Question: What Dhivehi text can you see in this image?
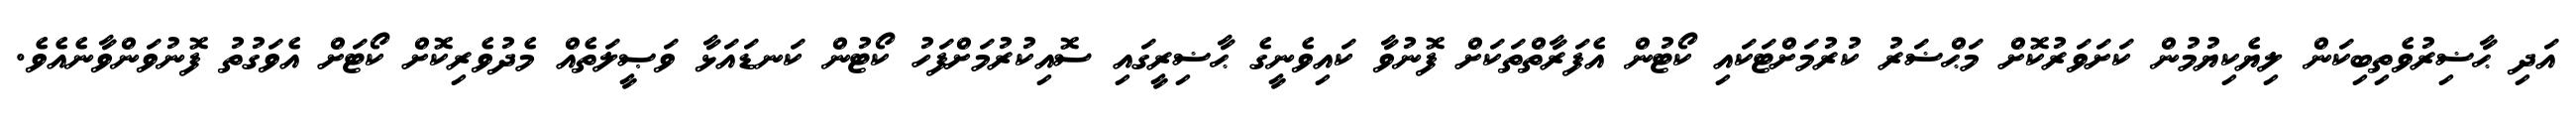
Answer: އަދި ޙާޟިރުވެތިބިކަން ލިޔެކިޔުމުން ކަށަވަރުކޮށް މަޙްޟަރު ކުރުމަށްޓަކައި ކޯޓުން އެފަރާތްތަކަށް ފޮނުވާ ކައިވެނީގެ ޙާޟިރީގައި ސޮއިކުރުމަށްފަހު ކޯޓުން ކަނޑައަޅާ ވަޞީލަތެއް މެދުވެރިކޮށް ކޯޓަށް އެވަގުތު ފޮނުވަންވާނެއެވެ.